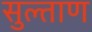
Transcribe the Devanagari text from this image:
सुल्ताण